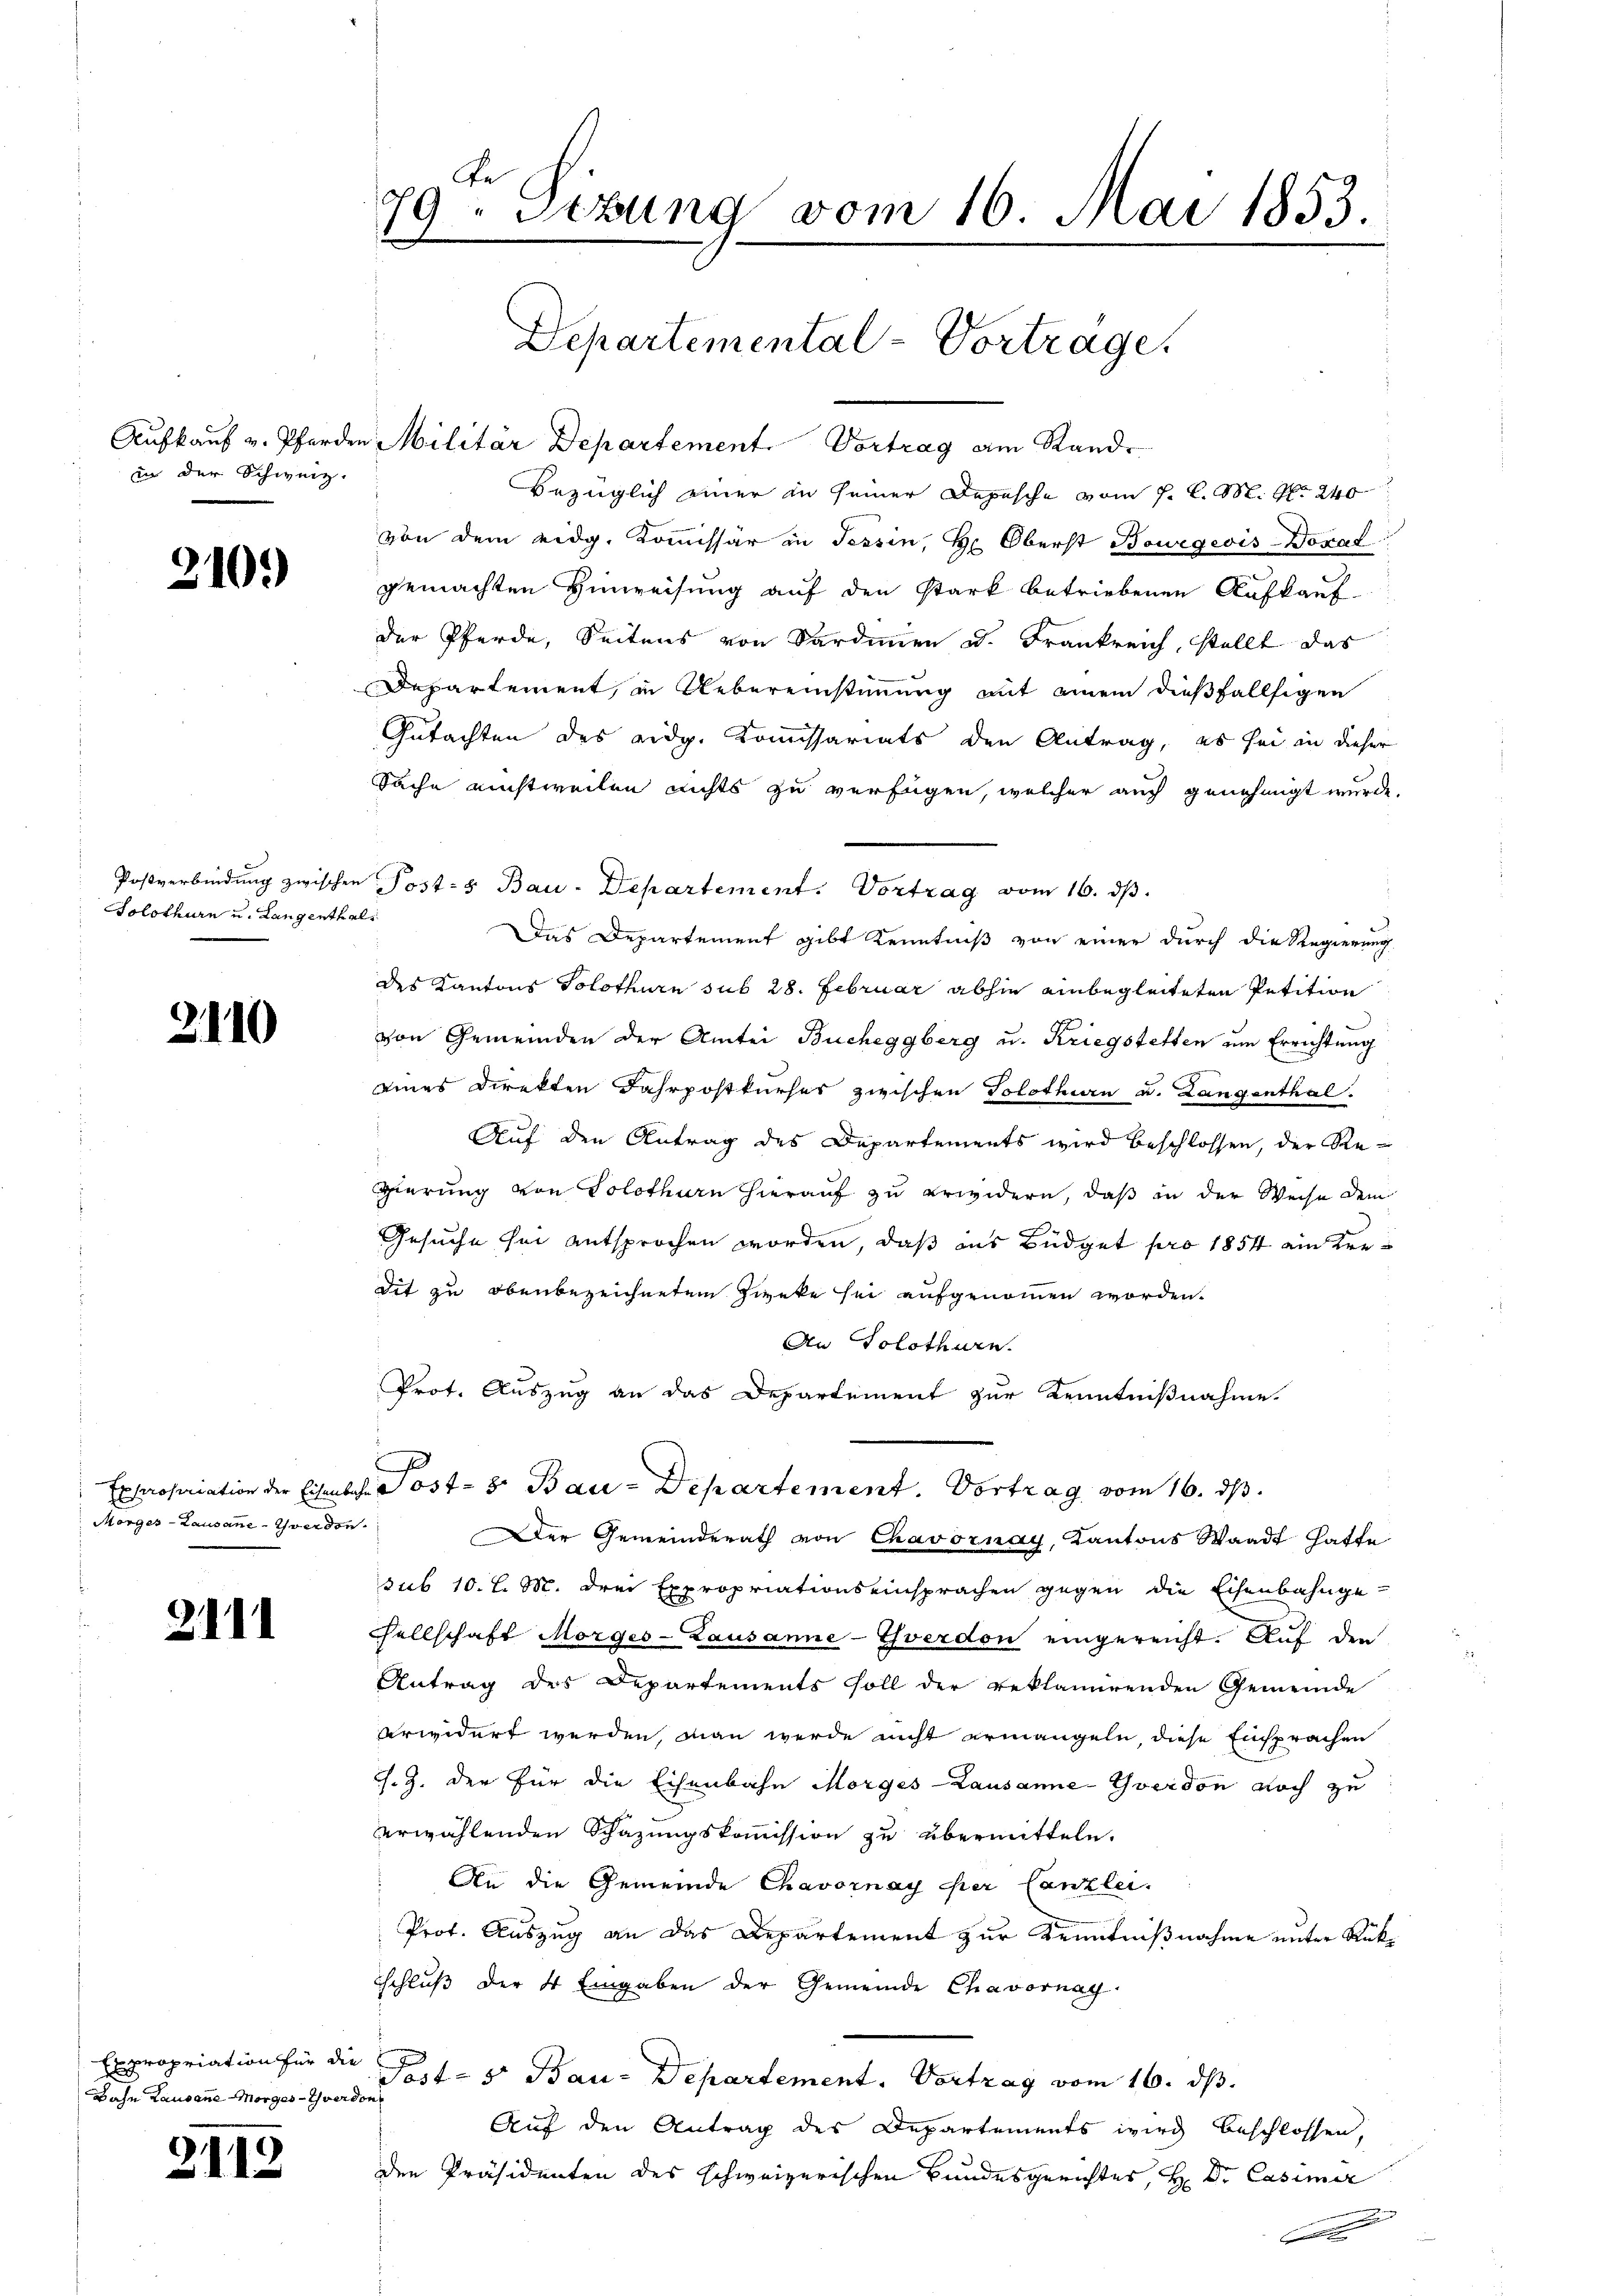
Aufkauf v. Pferde
in der Schweiz.

310.)

Postverbindung zwische
Solothurn u. Langentha

2110

Morges - Lausane verdon

2111

Expropriation für die
Jahn Lausanne Morges - verdon

2119

79 Sizung vom 16. Mai 1853.
Departemental-Vortrage.

u Militär Departement. Vortrag am Rand¬

Bezüglich einer in seiner Depesche vom 7. l. M. N. 240
von dem eidg. Kommissär in Tessin, Hr. Oberst Bewegeis-Dorat
gemachten Hinweisung auf den stark betriebenen Aufkauf-
der Pferde, Seitens von Sardinien u. Frankreich, stellt das
Departement, in Uebereinstimmung mit einem dießfallsigen
Gutachten des eidg. Kommissariats den Antrag, es sei in dieser
Sache einstweilen nichts zu verfügen, welcher auch genehmigt wurde.
 Posts Bau-Departement. Vortrag vom 16. ds.
e
Das Departement gibt Kenntniß von einer durch die Regierung
des Kantons Solothurn sub 28. Februar abhin einbegleiteten Petition
von Gemeinden der Amtei Bucheggberg u. Kriegstetten um Errichtung
eines Direkten Jahrpostkurses zwischen Solothurn u. Langenthal.
Auf den Antrag des Departements wird beschlossen, der Re-
gierung von Solothurn hierauf zu erwidern, daß in der Weise dem
Gesuche sei entsprochen worden, daß aus Büdget pro 1854 ein Kredit zu obenbezeichnetem Zweke sei aufgenommen worden.
An Solothurn.
Prot. Auszug an das Departement zur Kenntnißnahme
Expropriation der Eisenbahr Post- 8. Bau-Departement. Vortrag vom 16. ds.
Der Gemeinderath von Chavornay, Kantons Waadt hatte
sub 10. l. M. drei Expropriationseinsprachen gegen die Eisenbahnge-
sellschaft Morges Lausanne-Yverdon eingereicht. Auf den
Antrag des Departements soll der reklamirenden Gemeinde
arwidert werden, man werde nicht ermangeln, diese Einsprachen
s. Z. der für die Eisenbahn Morges - Lausanne Yverdon noch zu
erwählenden Schazungskommission zu übermitteln.
An die Gemeinde Chavornay per Canzlei.
Prot. Auszug an das Departement zur Kenntnißnahme unter Rükschluß der 4 Eingaben der Gemeinde Chavornag
Post- 5r Bau-Departement. Vortrag vom 16. ds.
Auf den Antrag des Departements wird beschlossen,
den Präsidenten des schweizerischen Bundesgerichtes, H. Dr. Casimir